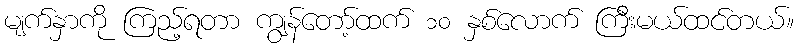
မျက်နှာကို ကြည့်ရတာ ကျွန်တော့်ထက် ၁၀ နှစ်လောက် ကြီးမယ်ထင်တယ်။